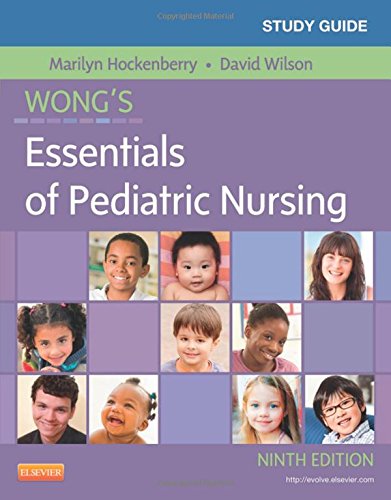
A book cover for Study Guide for Wong's Essentials of Pediatric Nursing, 9e; Marilyn J. Hockenberry PhD  RN  PNP-BC  FAAN; Medical Books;